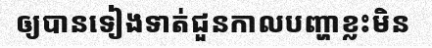
ឲ្យបានទៀងទាត់ជួនកាលបញ្ហាខ្លះមិន